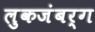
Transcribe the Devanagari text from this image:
लुकजंबर्ग